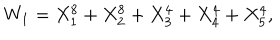
LaTeX: W _ { 1 } = X _ { 1 } ^ { 8 } + X _ { 2 } ^ { 8 } + X _ { 3 } ^ { 4 } + X _ { 4 } ^ { 4 } + X _ { 5 } ^ { 4 } ,